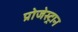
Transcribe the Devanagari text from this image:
प्रोजेस्ट्रान